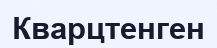
Кварцтенген